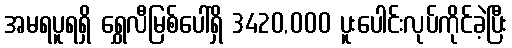
အမရပူရရှိ ရွှေလီမြစ်ပေါ်ရှိ 3420,000 ပူးပေါင်းလုပ်ကိုင်ခဲ့ပြီး